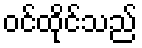
ဝင်ထိုင်သည်